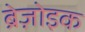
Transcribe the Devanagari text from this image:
ब्रेज़ोइक